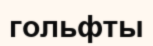
гольфты